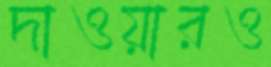
দাওয়ারও